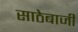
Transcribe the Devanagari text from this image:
साठेबाजी